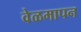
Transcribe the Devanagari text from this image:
वेळमापन